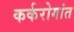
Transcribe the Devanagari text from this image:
कर्करोगांत